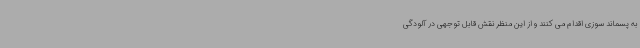
به پسماند سوزی اقدام می کنند و از این منظر نقش قابل توجهی در آلودگی